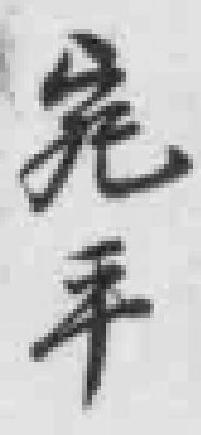
宛平